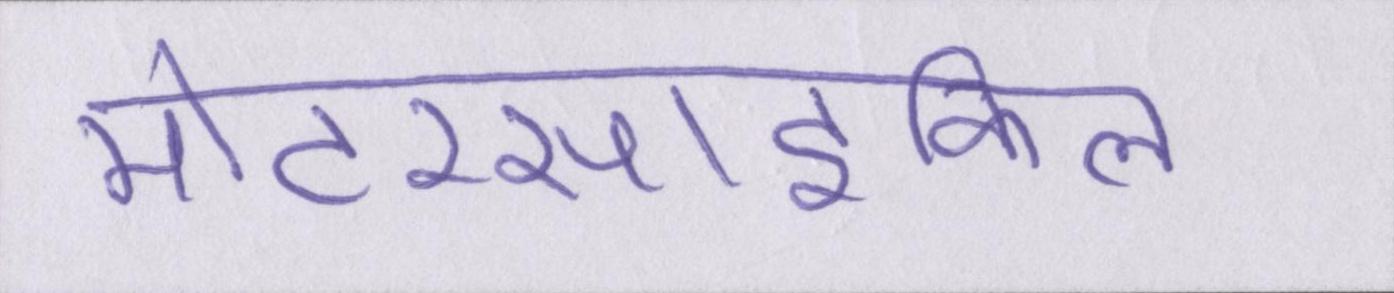
मोटरसाइकिल